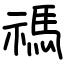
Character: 禡